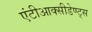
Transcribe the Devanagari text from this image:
एंटीआक्सीडेण्ट्स